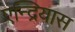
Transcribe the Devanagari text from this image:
एन्द्रियास